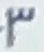
3